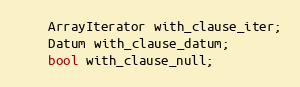
Language: C
	ArrayIterator with_clause_iter;
	Datum with_clause_datum;
	bool with_clause_null;